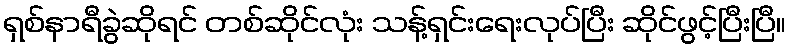
ရှစ်နာရီခွဲဆိုရင် တစ်ဆိုင်လုံး သန့်ရှင်းရေးလုပ်ပြီး ဆိုင်ဖွင့်ပြီးပြီ။